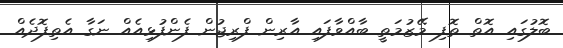
ބޮލުގައި އޮތް ތޮފި މޭޒުމަތީ ބާއްވާފައި އާރިން ފްރިޖުން ފެންފުޅިއެއް ނަގާ އެތިފޮދެއް